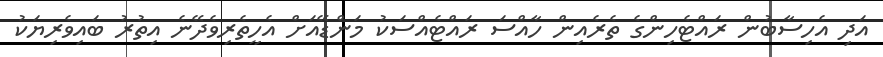
އަދި އެހިސާބުން ރައްޓެހިންގެ ތެރެއިން ހާއްސަ ރައްޓެއްސަކު މަންޑޭއަށް އެހީތެރިވެދޭނެ އިތުރު ބައިވެރިޔަކު